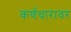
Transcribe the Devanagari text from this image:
कर्णधारावर